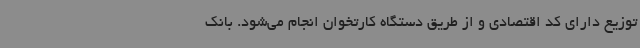
توزیع دارای کد اقتصادی و از طریق دستگاه کارتخوان انجام می‌شود. بانک